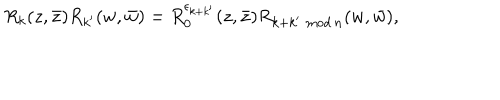
LaTeX: { R } _ { k } ( z , \bar { z } ) { R } _ { k ^ { \prime } } ( w , \bar { w } ) = { R } _ { 0 } ^ { \epsilon _ { k + k ^ { \prime } } } ( z , \bar { z } ) { R } _ { k + k ^ { \prime } \, \, \mathrm { m o d } \, n } ( w , \bar { w } ) ,